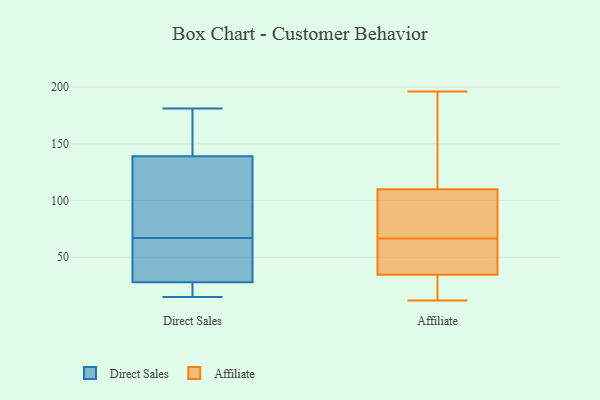
{"axis": {"x": "Bounce Rate (%)", "y": "Value"}, "legend": ["Affiliate", "Direct Sales"], "data": [{"x": "", "y": 45, "type": "Direct Sales"}, {"x": "", "y": 28, "type": "Direct Sales"}, {"x": "", "y": 76, "type": "Direct Sales"}, {"x": "", "y": 26, "type": "Direct Sales"}, {"x": "", "y": 15, "type": "Direct Sales"}, {"x": "", "y": 58, "type": "Direct Sales"}, {"x": "", "y": 177, "type": "Direct Sales"}, {"x": "", "y": 119, "type": "Direct Sales"}, {"x": "", "y": 139, "type": "Direct Sales"}, {"x": "", "y": 45, "type": "Direct Sales"}, {"x": "", "y": 181, "type": "Direct Sales"}, {"x": "", "y": 28, "type": "Direct Sales"}, {"x": "", "y": 179, "type": "Direct Sales"}, {"x": "", "y": 131, "type": "Direct Sales"}, {"x": "", "y": 144, "type": "Affiliate"}, {"x": "", "y": 36, "type": "Affiliate"}, {"x": "", "y": 196, "type": "Affiliate"}, {"x": "", "y": 87, "type": "Affiliate"}, {"x": "", "y": 28, "type": "Affiliate"}, {"x": "", "y": 32, "type": "Affiliate"}, {"x": "", "y": 166, "type": "Affiliate"}, {"x": "", "y": 37, "type": "Affiliate"}, {"x": "", "y": 19, "type": "Affiliate"}, {"x": "", "y": 69, "type": "Affiliate"}, {"x": "", "y": 148, "type": "Affiliate"}, {"x": "", "y": 90, "type": "Affiliate"}, {"x": "", "y": 35, "type": "Affiliate"}, {"x": "", "y": 120, "type": "Affiliate"}, {"x": "", "y": 100, "type": "Affiliate"}, {"x": "", "y": 34, "type": "Affiliate"}, {"x": "", "y": 37, "type": "Affiliate"}, {"x": "", "y": 64, "type": "Affiliate"}, {"x": "", "y": 12, "type": "Affiliate"}, {"x": "", "y": 76, "type": "Affiliate"}]}